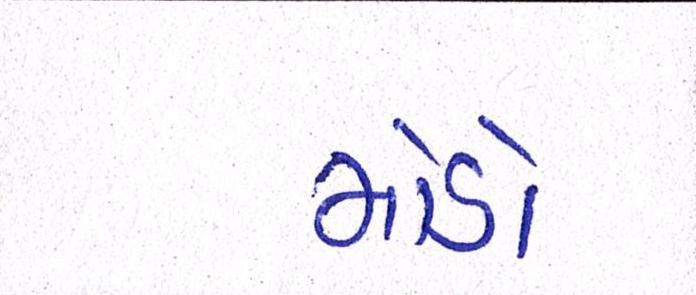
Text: મોડો